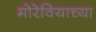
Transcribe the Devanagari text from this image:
मोरेवियाच्या